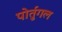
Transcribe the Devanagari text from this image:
पोर्तुगल